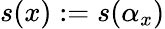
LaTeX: s(x):=s(\alpha_{x})